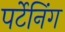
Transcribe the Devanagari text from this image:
पर्टेनिंग